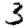
Digit: 3